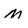
Character: M